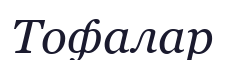
Тофалар